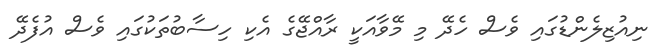
ނިއުޒިލެންޑުގައި ވެސް ހެދޭ މި މޭވާއަކީ ރާއްޖޭގެ އެކި ހިސާބުތަކުގައި ވެސް އުފެދޭ